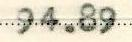
94.89